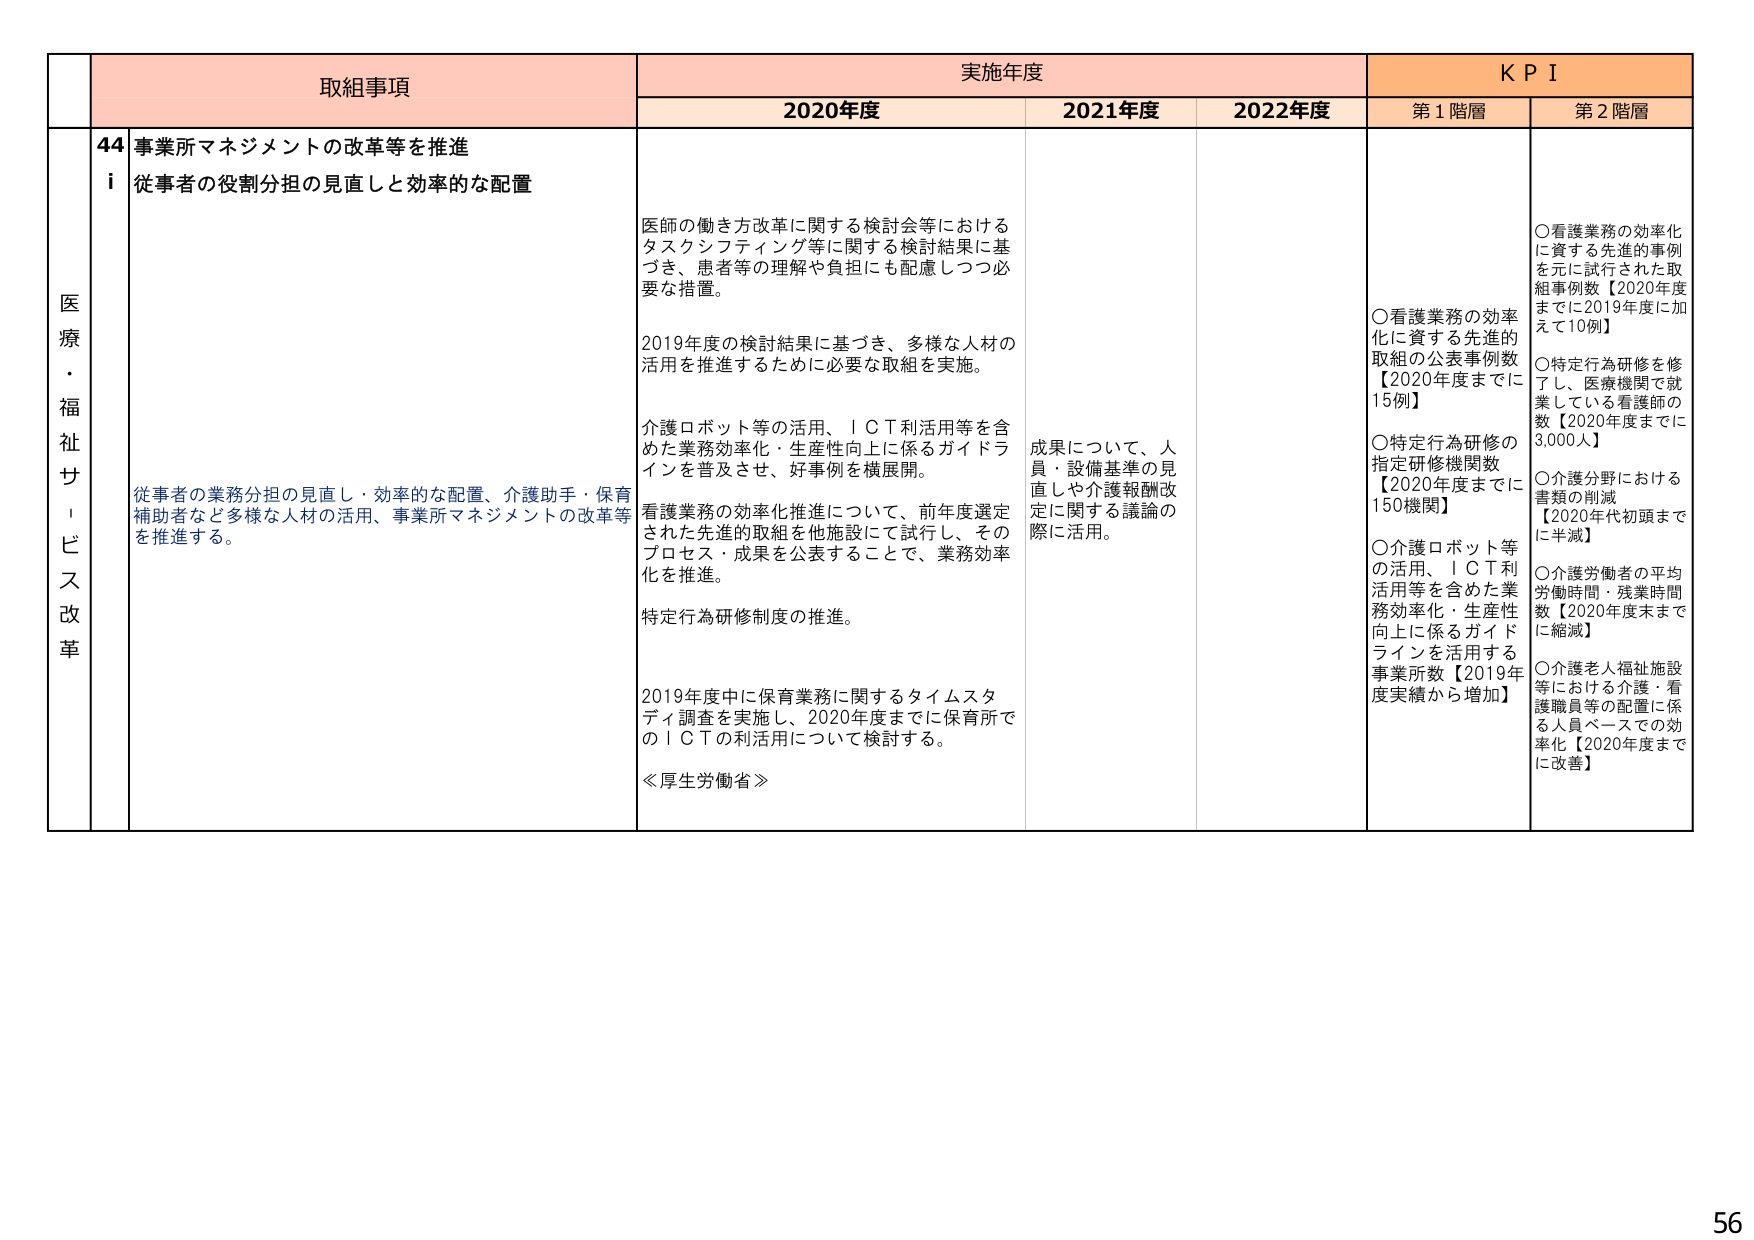
医療・福祉サービス改革

取組事項
44 事業所マネジメントの改革等を推進
i 従事者の役割分担の見直しと効率的な配置

従事者の業務分担の見直し・効率的な配置、介護助手・保育補助者など多様な人材の活用、事業所マネジメントの改革等を推進する。

実施年度
2020年度
医師の働き方改革に関する検討会等におけるタスクシフティング等に関する検討結果に基づき、患者等の理解や負担にも配慮しつつ必要な措置。
2019年度の検討結果に基づき、多様な人材の活用を推進するために必要な取組を実施。
介護ロボット等の活用、ＩＣＴ利活用等を含めた業務効率化・生産性向上に係るガイドラインを普及させ、好事例を横展開。
看護業務の効率化推進について、前年度選定された先進的取組を他施設にて試行し、そのプロセス・成果を公表することで、業務効率化を推進。
特定行為研修制度の推進。
2019年度中に保育業務に関するタイムスタディ調査を実施し、2020年度までに保育所でのＩＣＴの利活用について検討する。
≪厚生労働省≫

2021年度
成果について、人員・設備基準の見直しや介護報酬改定に関する議論の際に活用。

2022年度

KPI
第1階層
○看護業務の効率化に資する先進的取組の公表事例数【2020年度までに15例】
○特定行為研修の指定研修機関数【2020年度までに150機関】
○介護ロボット等の活用、ＩＣＴ利活用等を含めた業務効率化・生産性向上に係るガイドラインを活用する事業所数【2019年度実績から増加】

第2階層
○看護業務の効率化に資する先進的事例を元に試行された取組事例数【2020年度までに2019年度加えて10例】
○特定行為研修を修了し、医療機関で就業している看護師の数【2020年度までに3,000人】
○介護分野における書類の削減【2020年代初頭までに半減】
○介護労働者の平均労働時間・残業時間数【2020年度末までに縮減】
○介護老人福祉施設等における介護・看護職員等の配置に係る人員ベースでの効率化【2020年度までに改善】

56